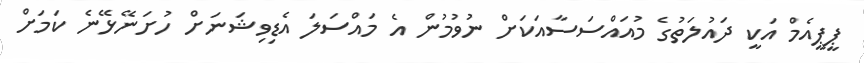
ޕީޕީއެމް އަކީ ދައުލަތުގެ މުއައްސަސާއަކަށް ނުވުމުން އެ މައްސަލަ އެޑިވިޝަނަށް ހުށަނޭޅޭނެ ކަމަށް